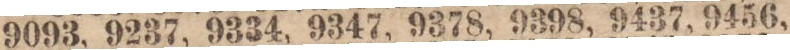
9093, 9237, 9334, 9347, 9378, 9398, 9437, 9456,